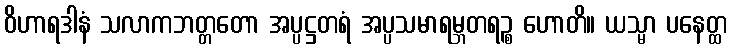
ဝိဟာရဒါနံ သလာကဘတ္တတော အပ္ပဋ္ဌတရံ အပ္ပသမာရမ္ဘတရဉ္စ ဟောတိ။ ယသ္မာ ပနေတ္ထ